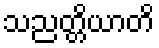
သညတ္တိယာတိ